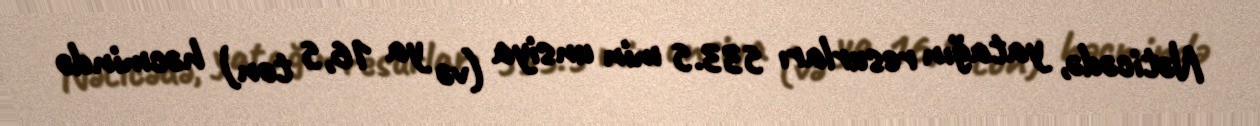
Nəticədə, yatağın resurları 533.5 min unsiya (və ya 16,5 ton) həcmində